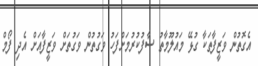
އެގޮތުން ވަޒީފާތަކާ ގުޅޭ މައުލޫމާތު ސާފުކުރުމަށްފަހު ވަގުތުން ވަގުތަށް ވަޒީފާއަށް އެދި ފޯމް